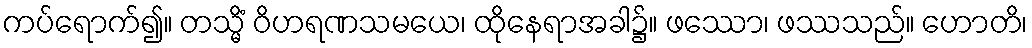
ကပ်ရောက်၍။ တသ္မိံ ဝိဟရဏသမယေ၊ ထိုနေရာအခါ၌။ ဖဿော၊ ဖဿသည်။ ဟောတိ၊